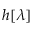
h [ \lambda ]